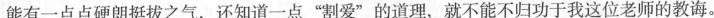
能有一点点硬朗挺拔之气，还知道一点”割爱”的道理，就不能不归功于我这位老师的教诲。